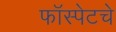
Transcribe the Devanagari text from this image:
फॉस्पेटचे